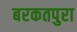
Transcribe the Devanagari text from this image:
बरकतपुरा